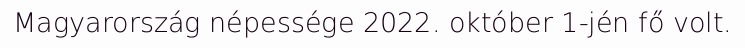
Magyarország népessége 2022. október 1-jén fő volt.